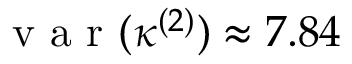
\mathrm { ~ v ~ a ~ r ~ } ( \kappa ^ { ( 2 ) } ) \approx 7 . 8 4